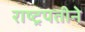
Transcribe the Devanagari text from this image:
राष्ट्रपतीने